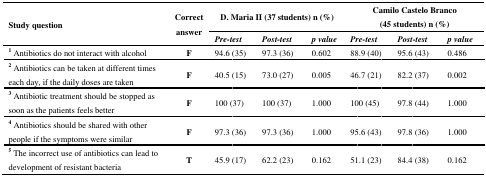
<table><thead><tr><td rowspan="2"><b>Study question</b></td><td rowspan="2"><b>Correct answer</b></td><td colspan="3"><b>D. Maria II (37 students) n (%)</b></td><td colspan="3"><b>Camilo Castelo Branco (45 students) n (%)</b></td></tr><tr><td><b><i>Pre-test</i></b></td><td><b><i>Post-test</i></b></td><td><b><i>p value</i></b></td><td><b><i>Pre-test</i></b></td><td><b><i>Post-test</i></b></td><td><b><i>p value</i></b></td></tr></thead><tbody><tr><td><b><sup>1</sup></b> Antibiotics do not interact with alcohol</td><td><b>F</b></td><td>94.6 (35)</td><td>97.3 (36)</td><td>0.602</td><td>88.9 (40) </td><td>95.6 (43)</td><td>0.486</td></tr><tr><td><b><sup>2</sup></b> Antibiotics can be taken at different times each day, if the daily doses are taken</td><td><b>F</b></td><td>40.5 (15)</td><td>73.0 (27)</td><td>0.005</td><td>46.7 (21)</td><td>82.2 (37)</td><td>0.002</td></tr><tr><td><b><sup>3</sup></b> Antibiotic treatment should be stopped as soon as the patients feels better</td><td><b>F</b></td><td>100 (37)</td><td>100 (37)</td><td>1.000</td><td>100 (45)</td><td>97.8 (44)</td><td>1.000</td></tr><tr><td><b><sup>4</sup></b> Antibiotics should be shared with other people if the symptoms were similar</td><td><b>F</b></td><td>97.3 (36)</td><td>97.3 (36)</td><td>1.000</td><td>95.6 (43) </td><td>97.8 (36)</td><td>1.000</td></tr><tr><td><b><sup>5</sup></b> The incorrect use of antibiotics can lead to development of resistant bacteria</td><td><b>T</b></td><td>45.9 (17)</td><td>62.2 (23)</td><td>0.162</td><td>51.1 (23) </td><td>84.4 (38)</td><td>0.162</td></tr></tbody></table>